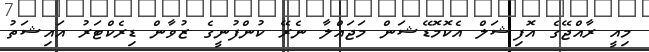
މިއީ ރާއްޖޭގެ އޮފިޝަލް އެކޮމޮޑޭޝަން މަޖައްލާ ނެރޭ ކުންފުނީގެ ޒުވާން ޑިރެކްޓަރު އައިޝަތު